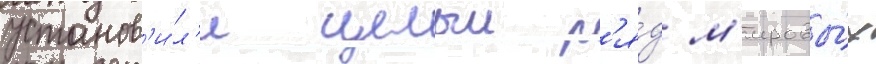
установ'и́л'и целыи р'я́д м'ировы́х